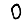
Digit: 0